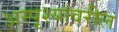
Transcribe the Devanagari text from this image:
अस्पृश्यांवरील